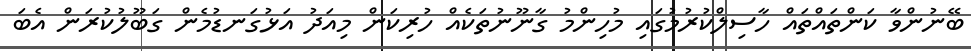
ބޭނުންވާ ކަންތައްތައް ހާސިލްކުރުމުގައި މުހިންމު ގާނޫނުތަކެއް ހުރިކަން މިއަދު އަޅުގަނޑުމެން ގަބޫލުކުރަން އެބަ